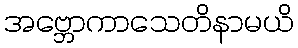
အဗ္ဘောကာသေတိနာမယိ